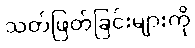
သတ်ဖြတ်ခြင်းများကို